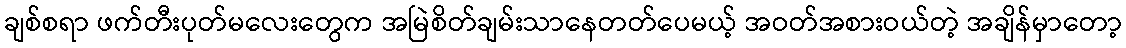
ချစ်စရာ ဖက်တီးပုတ်မလေးတွေက အမြဲစိတ်ချမ်းသာနေတတ်ပေမယ့် အဝတ်အစားဝယ်တဲ့ အချိန်မှာတော့